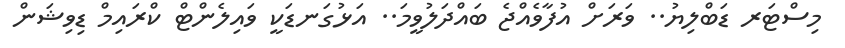
މިސްޓަރ ޑަބްލިޔު.. ވަރަށް އުފާވެއްޖެ ބައްދަލުވީމަ.. އަޅުގަނޑަކީ ވައިލެންޓް ކްރައިމް ޑިވިޝަން